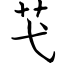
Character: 芅